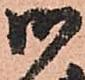
御